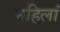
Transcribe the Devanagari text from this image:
महिलां